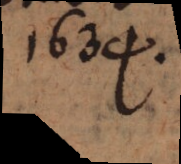
1634.